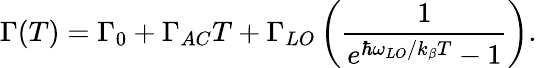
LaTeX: \Gamma(T)=\Gamma_{0}+\Gamma_{AC}T+\Gamma_{LO}\left(\frac{1}{e^{\hbar\omega_{LO}/k_{\beta}T}-1}\right).